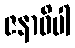
ဇနာဓိပါ